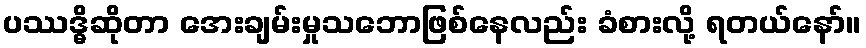
ပဿဒ္ဓိဆိုတာ အေးချမ်းမှုသဘောဖြစ်နေလည်း ခံစားလို့ ရတယ်နော်။